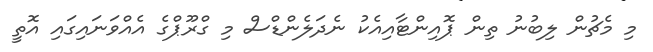
މި މެޗުން ލިބުނު ތިން ޕޮއިންޓާއިއެކު ނެދަލެންޑްސް މި ގްރޫޕްގެ އެއްވަނައިގައި އޮތީ